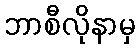
ဘာစီလိုနာမှ